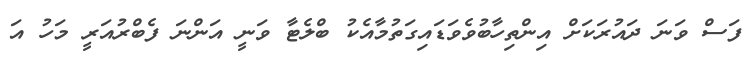
ފަސް ވަނަ ދައުރަކަށް އިންތިހާބުވެވަޑައިގަތުމާއެކު ބްލެޓާ ވަނީ އަންނަ ފެބްރުއަރީ މަހު އަ